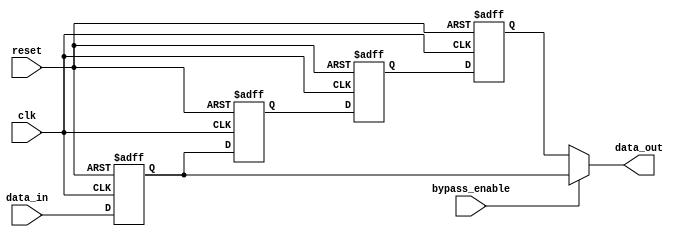
module CascadeBypassRegister (
    input wire clk,
    input wire reset,
    input wire bypass_enable,
    input wire [7:0] data_in,
    output reg [7:0] data_out
);

reg [7:0] stage1, stage2, stage3, stage4;

// Register stages
always @(posedge clk or posedge reset) begin
    if (reset) begin
        stage1 <= 8'b0;
        stage2 <= 8'b0;
        stage3 <= 8'b0;
        stage4 <= 8'b0;
    end else begin
        stage1 <= data_in;
        stage2 <= stage1;
        stage3 <= stage2;
        stage4 <= stage3;
    end
end

// Data output logic with bypass functionality
always @* begin
    if (bypass_enable) begin
        data_out = stage1;
    end else begin
        data_out = stage4;
    end
end

endmodule